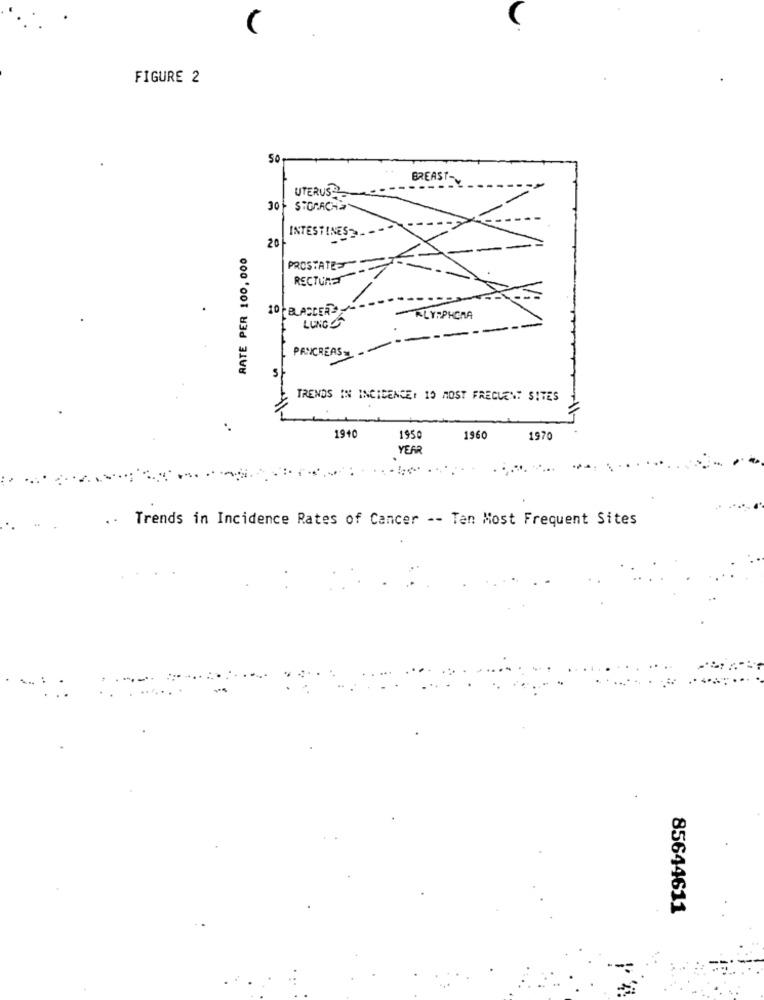
FIGURE 2
50
BREAST-
UTERUS
30 } STORACHa
INTESTINES-
20
RATE PER 100,000
PROSTATE
RECTUMET
LUNGS
- ALYPPHORA
PANCREAS
S
TRENDS IN INCIDENCE: 10 MOST FREQUENT SITES
1940
1950
1960
1970
YEAR
.. Trends in Incidence Rates of Cancer -- Ten Most Frequent Sites
85644611